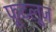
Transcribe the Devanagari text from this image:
फूटलूज